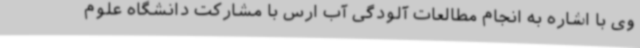
وی با اشاره به انجام مطالعات آلودگی آب ارس با مشارکت دانشگاه علوم